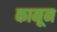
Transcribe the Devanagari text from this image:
कामून